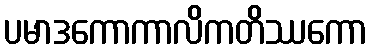
ပမာဒကောကာလိကတိဿကော